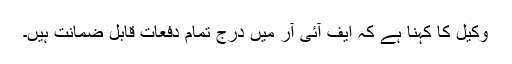
وکیل کا کہنا ہے کہ ایف آئی آر میں درج تمام دفعات قابل ضمانت ہیں۔